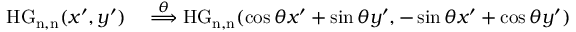
\begin{array} { r l } { \mathrm { H G _ { n , n } } ( x ^ { \prime } , y ^ { \prime } ) } & { { } \overset { \theta } { \Longrightarrow } \mathrm { H G _ { n , n } } ( \cos \theta x ^ { \prime } + \sin \theta y ^ { \prime } , - \sin \theta x ^ { \prime } + \cos \theta y ^ { \prime } ) } \end{array}